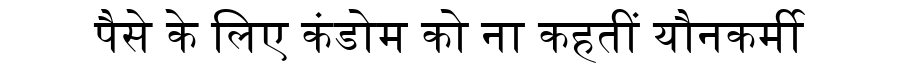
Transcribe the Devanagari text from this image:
पैसे के लिए कंडोम को ना कहतीं यौनकर्मी